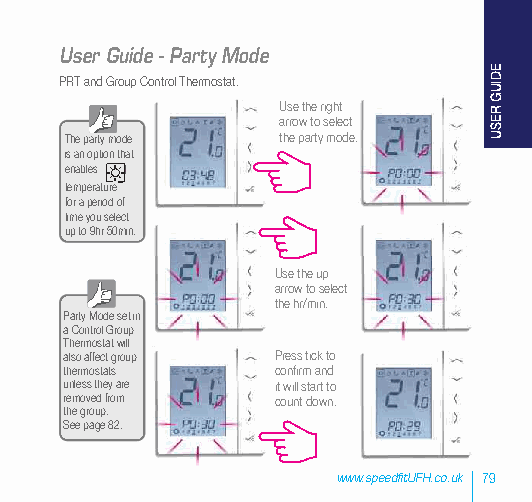
User Guide - Party Mode
 PRT and Group Control Thermostat.
 Use the right
 arrow to select
 The party mode the party mode.
 is an option that
 enables
 temperature
 for a period of
 time you select
 up to 9hr 50min.
 Use the up
 arrow to select
 the hr/min.
 Party Mode set in
 a Control Group
 Thermostat will
 also affect group Press tick to
 thermostats   confirm and
 unless they are it will start to
 removed from  count down.
 the group.
 See page 82.
 www.speedfitUFH.co.uk 79
 EDIUG
 RESU